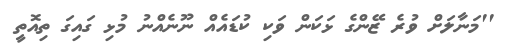
''މަނާލަށް ވުރެ ޒޭންގެ ޅަކަން ވަކި ކުޑައެއް ނޫނެއްނު މުޅި ގައިގަ ތިއޮތީ